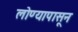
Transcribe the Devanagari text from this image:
लोण्यापासून